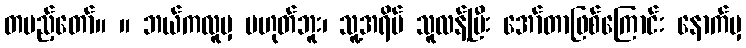
တပည့်တော်။ ။ ဘယ်ကလူမှ မဟုတ်ဘူး၊ သူ့အရိပ် သူလန့်ပြီး အော်တာဖြစ်ကြောင်း နောက်မှ